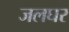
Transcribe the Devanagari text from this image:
जलघर